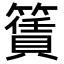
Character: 𥵎